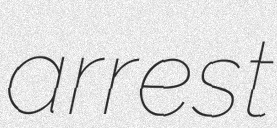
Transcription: arrest